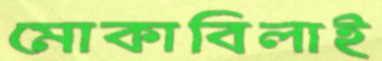
মোকাবিলাই